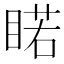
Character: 睰